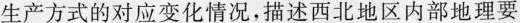
生产方式的对应变化情况，描述西北地区内部地理要